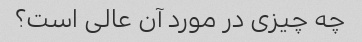
چه چیزی در مورد آن عالی است؟